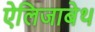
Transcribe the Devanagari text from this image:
ऐलिजाबेथ